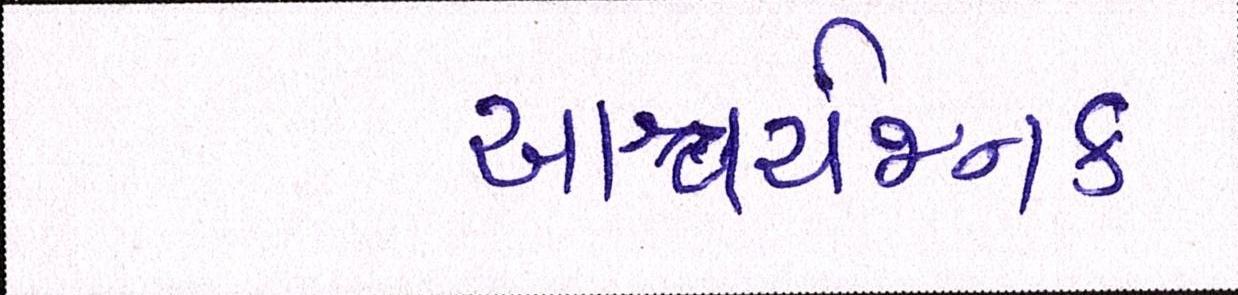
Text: આશ્ચર્યજનક